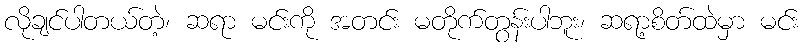
လိုချင်ပါတယ်တဲ့၊ ဆရာ မင်းကို အတင်း မတိုက်တွန်းပါဘူး၊ ဆရာ့စိတ်ထဲမှာ မင်း